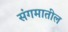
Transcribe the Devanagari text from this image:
संगमातील